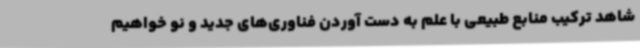
شاهد ترکیب منابع طبیعی با علم به دست آوردن فناوری‌های جدید و نو خواهیم